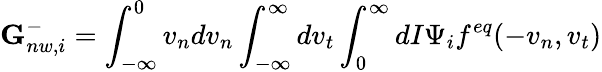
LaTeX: \textbf{G}_{nw,i}^{-}=\int_{-\infty}^{0}v_{n}dv_{n}\int_{-\infty}^{\infty}dv_{t}\int_{0}^{\infty}dI\Psi_{i}f^{eq}(-v_{n},v_{t})